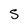
Character: S